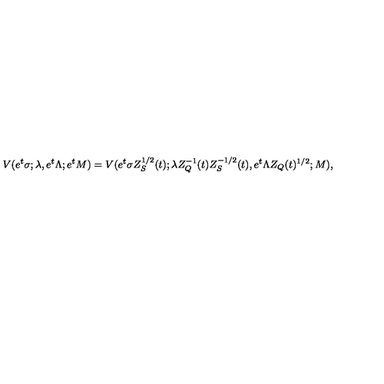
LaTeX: V ( e ^ { t } \sigma ; \lambda , e ^ { t } \Lambda ; e ^ { t } M ) = V ( e ^ { t } \sigma Z _ { S } ^ { 1 / 2 } ( t ) ; \lambda Z _ { Q } ^ { - 1 } ( t ) Z _ { S } ^ { - 1 / 2 } ( t ) , e ^ { t } \Lambda Z _ { Q } ( t ) ^ { 1 / 2 } ; M ) ,